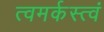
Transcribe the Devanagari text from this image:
त्वमर्कस्त्वं